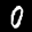
Label: 0